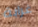
غرابة